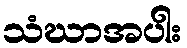
သံဃာအပါး